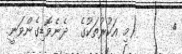
١      (މި އަކުރުތަކުގެ  ދެނެވޮޑިގެންވަނީ